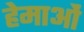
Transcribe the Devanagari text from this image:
हेमाओं